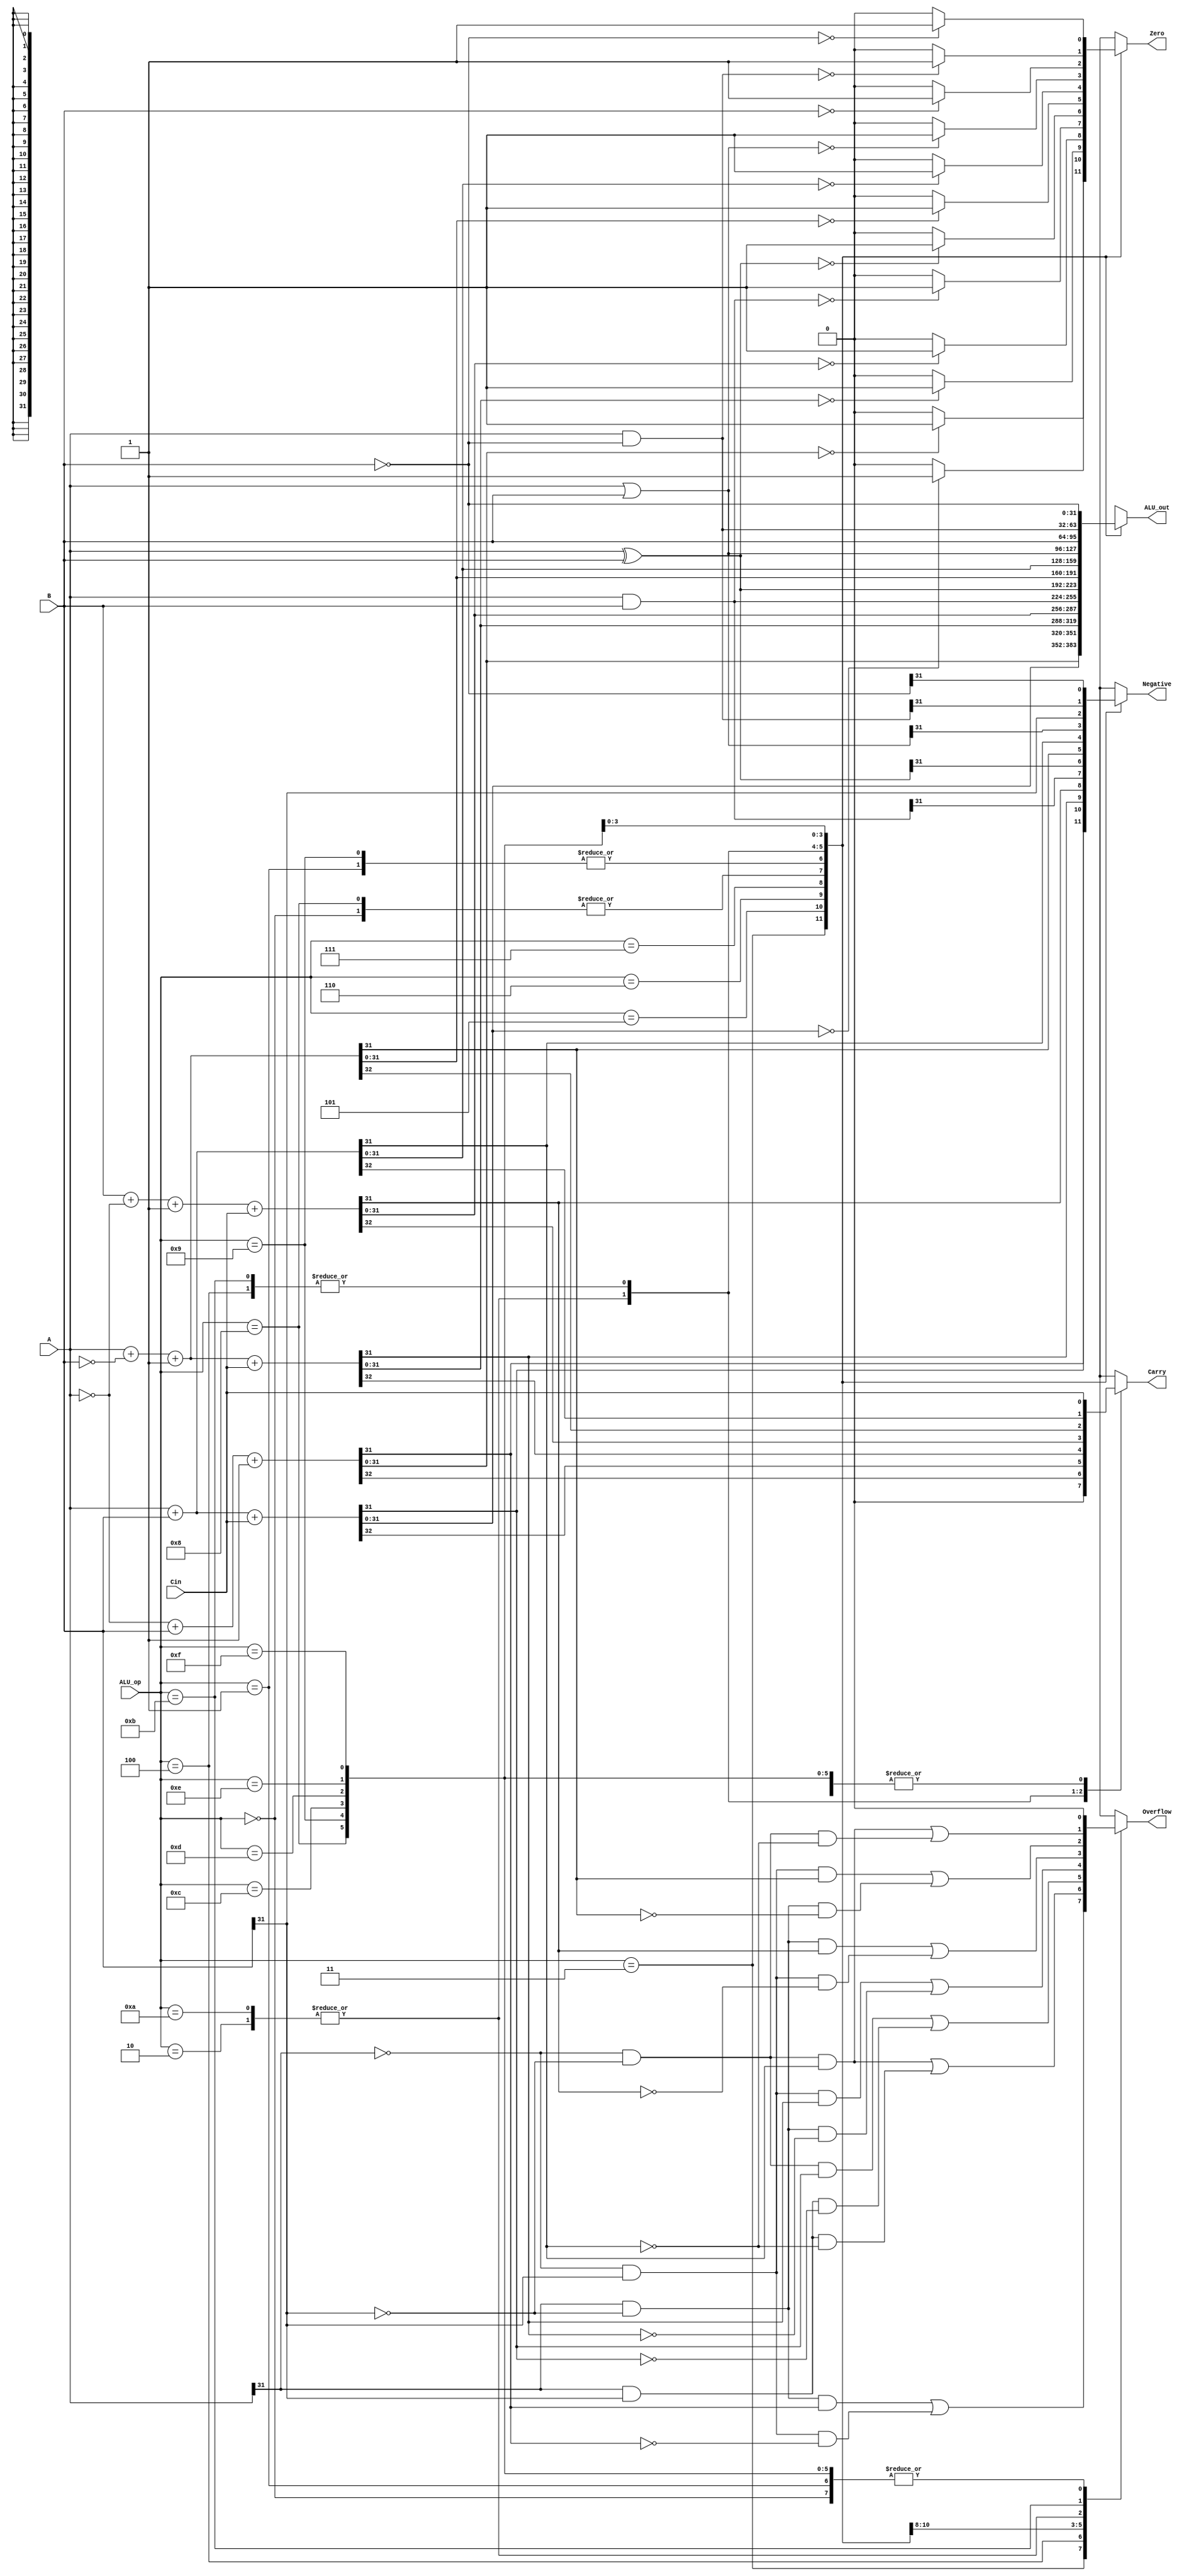
module lab3_121220307_ARM32
(
	input [31:0] A, // the operate data A
	input [31:0] B, // the operate data B
	input [3:0] ALU_op, // the control logic
	input Cin,   // the data of Shift_carry_out
	output reg [31:0] ALU_out, // the final data to output accoring the operation
	output reg Zero,  // the flag zero
	output reg Negative, // the answer is negative
	output reg Carry,  // the flag Less
	output reg Overflow // the flag overflow 
);
always @ (*)
begin
	case (ALU_op)
		4'h0: // operation and 
			begin
				ALU_out=A&B;
				Negative=ALU_out[31];
				Zero=(ALU_out==32'h00000000)?1:0;
				Carry=Cin;
				Overflow=1'b0;
			end
		4'h1:  // operation xor
			begin
				ALU_out=A^B;
				Negative=ALU_out[31];
				Zero=(ALU_out==32'h00000000)?1:0;
				Carry=1'b0;
				Overflow=1'b0;
			end
		4'h2:   // operation sub 
			begin
				{Carry,ALU_out}=A+(~B)+1;
				Negative=ALU_out[31];
				Zero=(ALU_out==32'h00000000)?1:0;
				Overflow=((~A[31])&B[31]&ALU_out[31])|(A[31]&(~B[31])&(~ALU_out[31]));
			end
		4'h3:  // operation opposite sub 
			begin
				{Carry,ALU_out}=(~A)+B+1;
				Negative=ALU_out[31];
				Zero=(ALU_out==32'h00000000)?1:0;
				Overflow=(A[31]&(~B[31])&ALU_out[31])|((~A[31])&B[31]&(~ALU_out[31]));
			end
		4'h4:  // operation add
			begin
				{Carry,ALU_out}=A+B;
				Negative=ALU_out[31];
				Zero=(ALU_out==32'h00000000)?1:0;
				Overflow=((~A[31])&(~B[31])&ALU_out[31])|(A[31]&B[31]&(~ALU_out[31]));
			end
		4'h5: // operation carry add
			begin
				{Carry,ALU_out}=A+B+Cin;
				Negative=ALU_out[31];
				Zero=(ALU_out==32'h00000000)?1:0;
				Overflow=((~A[31])&(~B[31])&ALU_out[31])|(A[31]&B[31]&(~ALU_out[31]));
			end
		4'h6:  // operation seb or seh
			begin
				{Carry,ALU_out}=A+(~B)+1+Cin;
				Negative=ALU_out[31];
				Zero=(ALU_out==32'h00000000)?1:0;
				Overflow=((~A[31])&(B[31])&ALU_out[31])|(A[31]&(~B[31])&(~ALU_out[31]));
			end
		4'h7:  // operation carry opposite sub
			begin
				{Carry,ALU_out}=B+(~A)+1+Cin;
				Negative=ALU_out[31];
				Zero=(ALU_out==32'h00000000)?1:0;
				Overflow=((A[31])&(~B[31])&ALU_out[31])|((~A[31])&B[31]&(~ALU_out[31]));
			end
		4'h8:  //TST
			begin
				ALU_out=A&B;
				Negative=ALU_out[31];
				Zero=(ALU_out==32'h00000000)?1:0;
				Carry=Cin;
				Overflow=1'b0;
			end
		4'h9:  // TEQ
			begin
				ALU_out=A^B;
				Negative=ALU_out[31];
				Zero=(ALU_out==32'h00000000)?1:0;
				Carry=Cin;
				Overflow=1'b0;
			end
		4'ha:  // CMP
			begin
				{Carry,ALU_out}=A+(~B)+1;
				Negative=ALU_out[31];
				Zero=(ALU_out==32'h00000000)?1:0;
				Overflow=((~A[31])&(B[31])&ALU_out[31])|(A[31]&(~B[31])&(~ALU_out[31]));
			end
		4'hb:  // CMN
			begin
				{Carry,ALU_out}=A+B;
				Negative=ALU_out[31];
				Zero=(ALU_out==32'h00000000)?1:0;
				Overflow=((~A[31])&(~B[31])&ALU_out[31])|((~A[31])&(~B[31])&(~ALU_out[31]));
			end
		4'hc:  // ORR
			begin
				ALU_out=A|B;
				Negative=ALU_out[31];
				Zero=(ALU_out==32'h00000000)?1:0;
				Carry=Cin;
				Overflow=1'b0;
			end
		4'hd:  // MOV
			begin
				ALU_out=B;
				Negative=ALU_out[31];
				Zero=(ALU_out==32'h00000000)?1:0;
				Carry=Cin;
				Overflow=1'b0;
			end
		4'he:  // BIC
			begin
				ALU_out=A&(~B);
				Negative=ALU_out[31];
				Zero=(ALU_out==32'h00000000)?1:0;
				Carry=Cin;
				Overflow=1'b0;
			end
		4'hf:  // MVN
			begin
				ALU_out=~B;
				Negative=ALU_out[31];
				Zero=(ALU_out==32'h00000000)?1:0;
				Carry=Cin;
				Overflow=1'b0;
			end
	endcase
end 
endmodule